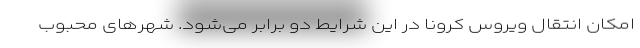
امکان انتقال ویروس کرونا در این شرایط دو برابر می‌شود. شهرهای محبوب